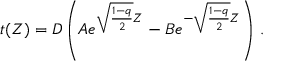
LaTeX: t ( Z ) = D \left( A e ^ { \sqrt { \frac { 1 - q } { 2 } } Z } - B e ^ { - \sqrt { \frac { 1 - q } { 2 } } Z } \right) \, .